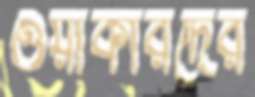
ওয়াকারদের